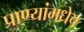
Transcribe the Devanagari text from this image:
प्राण्यांमधेच